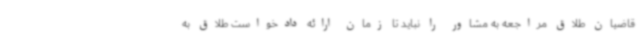
قاضیان طلاق مراجعه به مشاور را نباید تا زمان ارائه دادخواست طلاق به